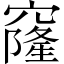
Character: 窿